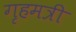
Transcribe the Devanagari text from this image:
गृहमत्री